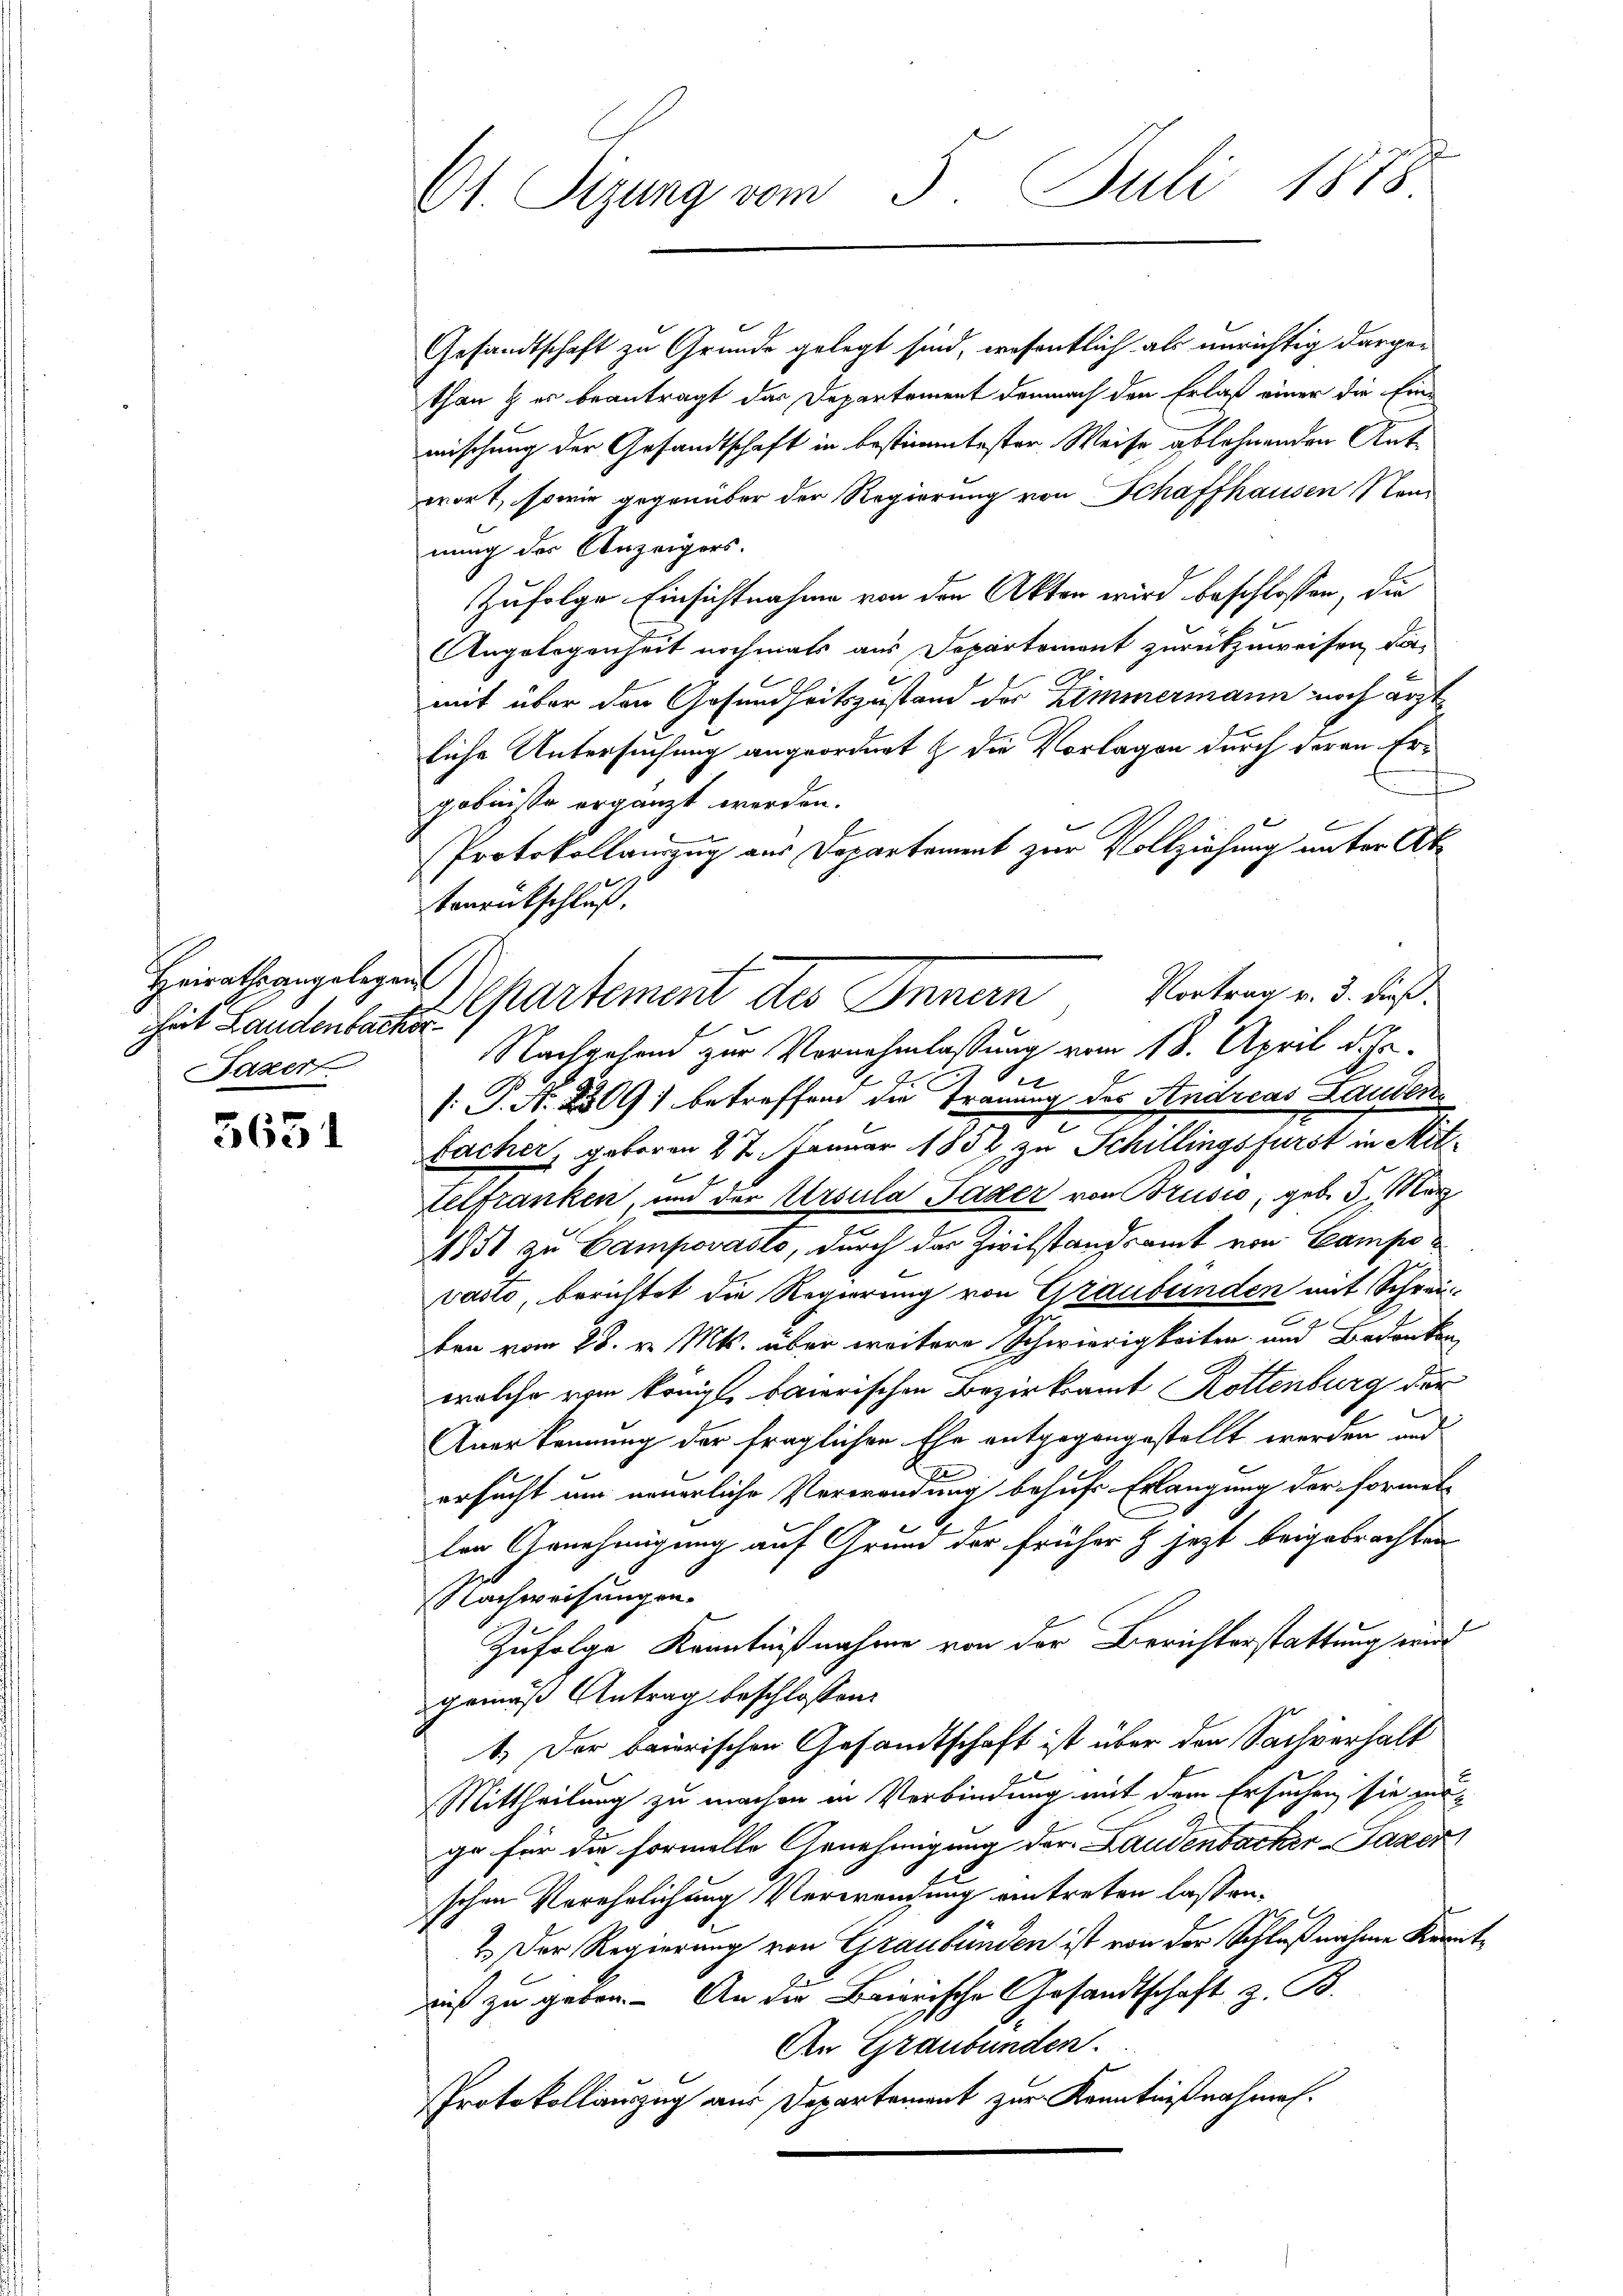
Heirathsangelegen
heit Landenbacher
Fazert.

3651

C1. Sizung vom 3. Juli 1878

Apartement des Innern Vertrag v. 3. dieß.

Gesandtschaft zu Grunde gelegt sind, wesentlich als unrichtig dargethan & es beantragt das Departement demnach den Erlaß einer die Ein-
mischung der Gesandtschaft in bestimmtester Weise ablehnenden Antwort, sowie gegenüber der Regierung von Schaffhausen Stand
nung der Anzeigers.
Zufolge Einsichtnahme von den Akten wird beschlossen, die
Angelegenheit nochmals aus Departement zurückzuweisen, da-
E
mit über den Gesundheitszustand der Zimmermann noch ärzt
liche Untersuchung angeordnet & die Vorlagen durch deren Ergebnisse ergänzt werden.
Protokollauszug aus Departament zur Vollziehung unter Ak¬
Vonrückschluß.
Nachgehend zur Vornahmlassung vom 18. April d. Js.
E
V. P. N. 2509) betreffend die Trauung des Andreas Landen
e
bacher, geboren 27. Januar 1858 zu Schillingsfürst in Mit¬
Telfranken, und der Ursula Pader von Brusio, geb. 5. März
1851 zu Campovasto, durch das Zivilstandsamt von Campovasio, berichtet die Regierung von Graubünden mit Schreiben vom 28. v. Mts. über weitere Schwierigkeiten und Bedanken
welche vom Königl. baierischen Bezirksamt Rottenburg der
Anerkennung der fraglichen Ehe entgegangestellt werden und
e
ersucht um neuerliche Verwendung behufs Erlangung der Formet
r
len Genehmigung auf Grund der früher & jezt beigebrachten
Nachweisungen.
Zufolge Kenntnißnahme von der Berichterstattung wird
gemäß Antrag beschlossen:
1.) Der baierischen Gesandtschaft ist über den Sachverhalt
Mittheilung zu machen in Verbindung mit dem Ersuchen sie ver-
ge für die formelle Genehmigung der Laudenbacher Taxen
schen Verehelichung Verweisung eintreten lassen.
2. Der Regierung von Graubünden ist von der Schlußnahme Kenntrich zu geben. - An die Baierische Gesandtschaft z. B.
An Graubünden.
Protokollauszug aus Departement zur Kenntnißnahmen.